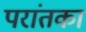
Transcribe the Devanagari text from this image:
परांतका